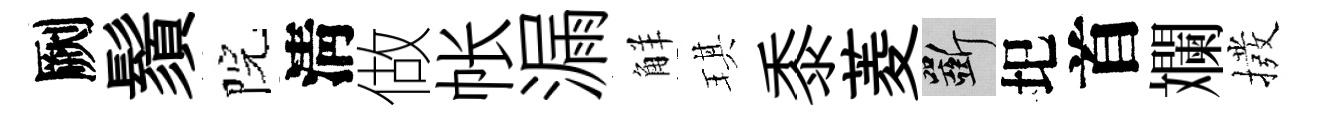
劂鬚院淸做帐漏觧琪黍菱斫圯首斕撥